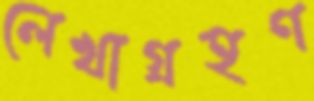
লেখাগ্রহণ